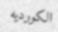
الكورديه